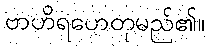
ဗာဟိရဟေတုမည်၏။